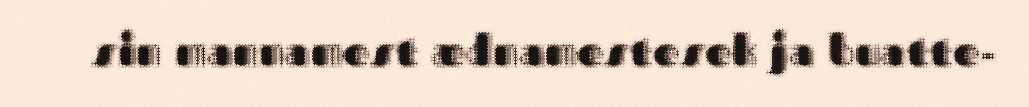
sin mannamest ædnamestesek ja buatte-